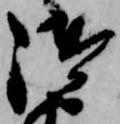
御